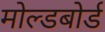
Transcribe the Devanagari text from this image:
मोल्डबोर्ड